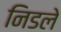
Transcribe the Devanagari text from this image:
निडले